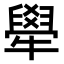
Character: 𤛱